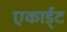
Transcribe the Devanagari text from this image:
एकार्ड्‌ट